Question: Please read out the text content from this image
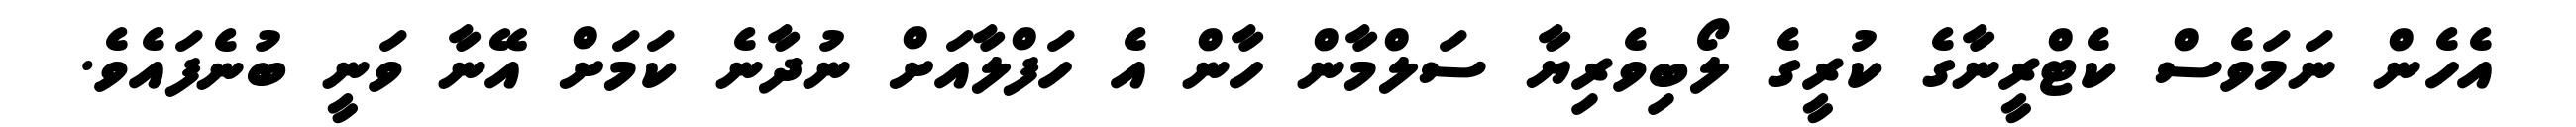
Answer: އެހެން ނަމަވެސް ކެޓްރީނާގެ ކުރީގެ ލޯބިވެރިޔާ ސަލްމާން ހާން އެ ހަފްލާއަށް ނުދާނެ ކަމަށް އޭނާ ވަނީ ބުނެފައެވެ.